Mental hospitals Bombay report 1921-28 - 1921-1928
Year: 1921
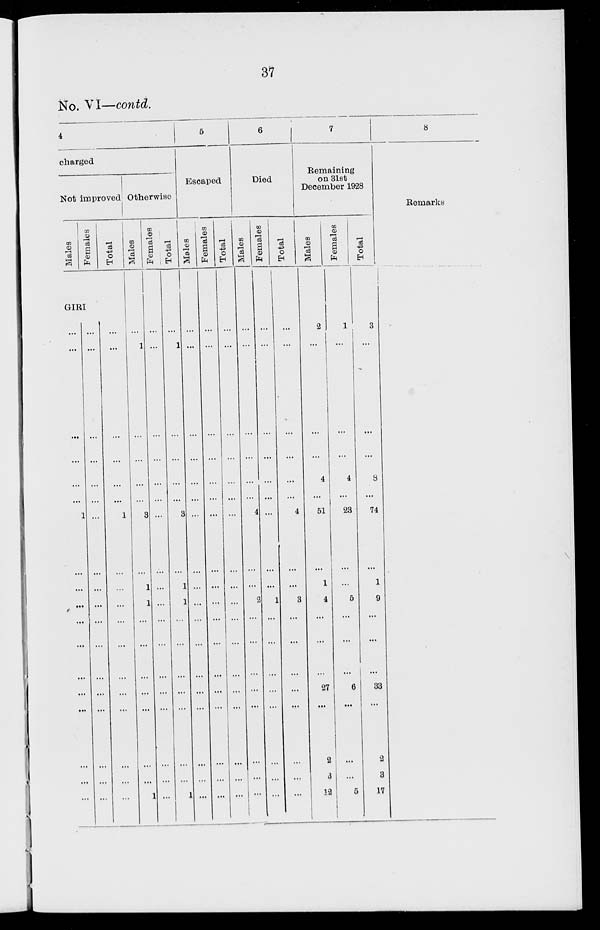
37
No. VI—contd.
4
charged
Not improved
Males
Females
Total
GIRI
...
...
...
...
...
...
1
...
...
...
...
...
...
...
...
...
...
...
...
...
...
...
...
...
...
...
...
...
...
...
...
...
...
...
...
...
...
...
...
...
...
...
1
...
...
...
...
...
...
...
...
...
...
...
Otherwise
Males
...
1
...
...
...
...
3
...
1
1
...
...
...
...
...
...
1
Females
...
...
...
...
...
...
...
...
...
...
...
...
...
...
...
...
...
...
Total
...
1
...
...
...
...
3
...
1
1
...
...
...
...
...
...
...
1
5
Escaped
Males
...
...
...
...
...
...
...
...
...
...
...
...
...
...
...
...
...
...
Females
...
...
...
...
...
...
...
...
...
...
...
...
...
...
...
...
...
...
Total
...
...
...
...
...
...
...
...
...
...
...
...
...
...
...
...
...
...
6
Died
Males
...
...
...
...
...
...
4
...
...
2
...
...
...
...
...
...
...
...
Females
...
...
...
...
...
...
...
...
...
1
...
...
...
...
...
...
...
...
Total
...
...
...
...
...
...
4
...
...
3
...
...
...
...
...
...
...
...
7
Remaining
on 31st
December 1928
Males
2
...
...
...
4
...
51
...
1
4
...
...
...
27
...
2
3
12
Females
1
...
...
...
4
...
23
...
...
5
...
...
...
6
...
...
...
5
Total
3
...
...
...
8
...
74
...
1
9
...
...
...
33
...
2
3
17
8
Remarks